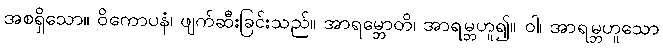
အစရှိသော။ ဝိကောပနံ၊ ဖျက်ဆီးခြင်းသည်။ အာရမ္ဘောတိ၊ အာရမ္ဘဟူ၍။ ဝါ၊ အာရမ္ဘဟူသော